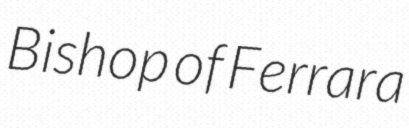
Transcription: Bishop of Ferrara